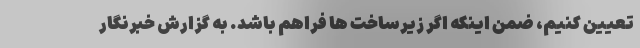
تعیین کنیم، ضمن اینکه اگر زیرساخت ها فراهم باشد. به گزارش خبرنگار